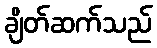
ချိတ်ဆက်သည်